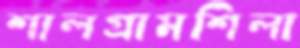
শালগ্রামশিলা